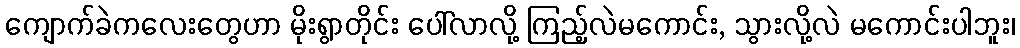
ကျောက်ခဲကလေးတွေဟာ မိုးရွာတိုင်း ပေါ်လာလို့ ကြည့်လဲမကောင်း, သွားလို့လဲ မကောင်းပါဘူး၊